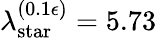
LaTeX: \lambda_{\mathrm{star}}^{(0.1\epsilon)}=5.73